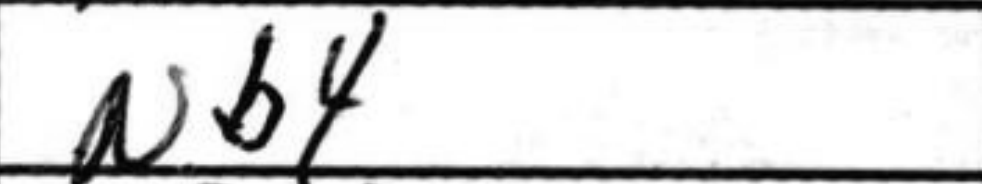
Transcription: Nb4